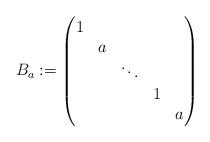
LaTeX: \begin{align*}B_{a} := \begin{pmatrix}1 \\ &a \\ && \ddots \\ &&&1 \\ &&&&a\end{pmatrix}\end{align*}